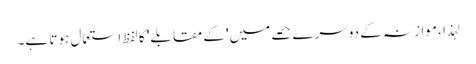
لہذا ، موازنہ کے دوسرے حصے میں 'کے مقابلے' کا لفظ استعمال ہوتا ہے۔